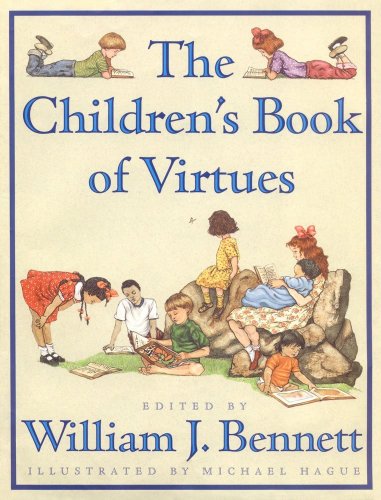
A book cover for The Children's Book of Virtues; Literature & Fiction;